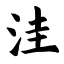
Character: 洼